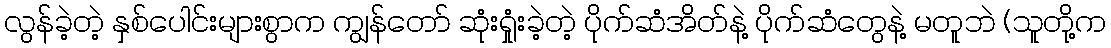
လွန်ခဲ့တဲ့ နှစ်ပေါင်းများစွာက ကျွန်တော် ဆုံးရှုံးခဲ့တဲ့ ပိုက်ဆံအိတ်နဲ့ ပိုက်ဆံတွေနဲ့ မတူဘဲ (သူတို့က